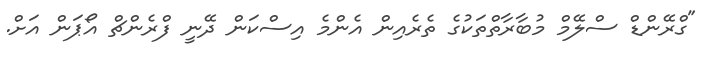
"ގްރޭންޑް ސްލޭމް މުބާރާތްތަކުގެ ތެރެއިން އެންމެ އިސްކަން ދޭނީ ފްރެންޗް އޯޕަން އަށް.